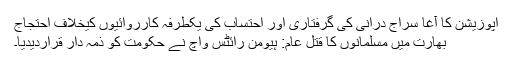
اپوزیشن کا آغا سراج درانی کی گرفتاری اور احتساب کی یکطرفہ کارروائیوں کیخلاف احتجاج
بھارت میں مسلمانوں کا قتل عام: ہیومن رائٹس واچ نے حکومت کو ذمہ دار قراردیدیا۔